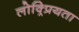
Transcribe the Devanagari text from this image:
लोक्र्प्रियता